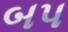
બપ